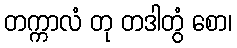
တက္ကာလံ တု တဒါတွံ စော၊